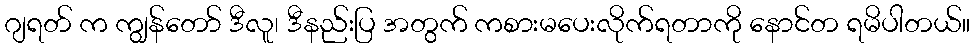
ဂျရတ် က ကျွန်တော် ဒီလူ၊ ဒီနည်းပြ အတွက် ကစားမပေးလိုက်ရတာကို နောင်တ ရမိပါတယ်။